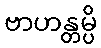
ဗာဟန္တမ္ပိ